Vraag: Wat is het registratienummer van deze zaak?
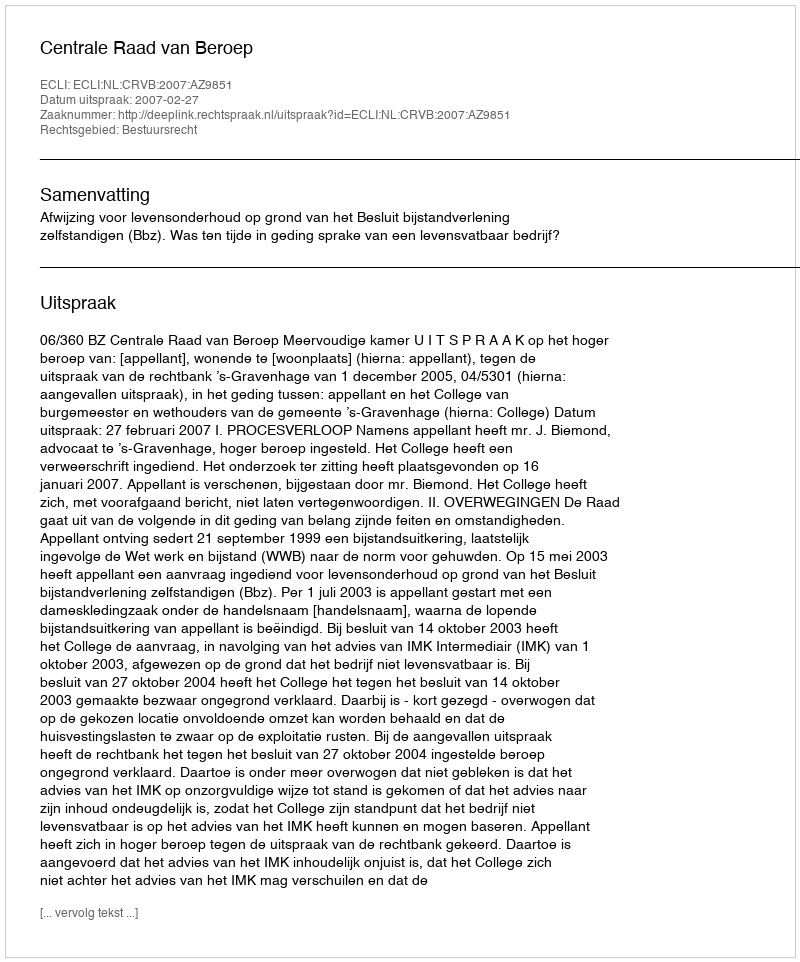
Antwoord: http://deeplink.rechtspraak.nl/uitspraak?id=ECLI:NL:CRVB:2007:AZ9851